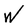
Character: W